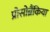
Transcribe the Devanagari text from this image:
प्रोसोब्रैंकिया